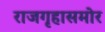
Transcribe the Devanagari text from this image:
राजगृहासमोर